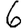
Digit: 6